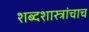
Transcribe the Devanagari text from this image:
शब्दशास्त्रांचाच